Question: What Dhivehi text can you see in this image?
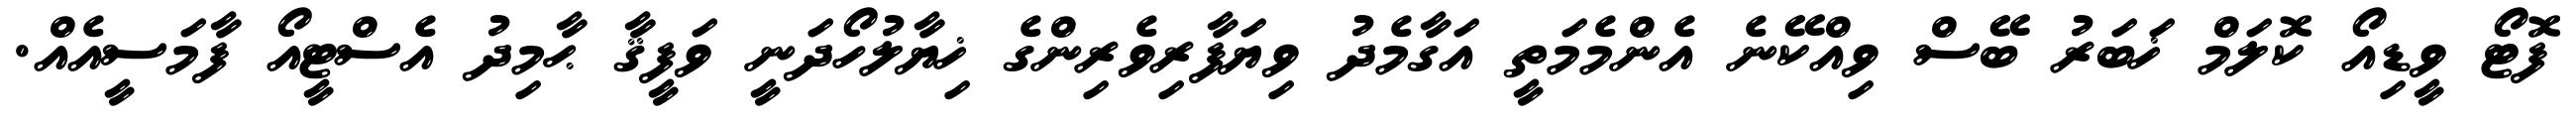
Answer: ފޮޓޯ ވީޑިއޯ ކޮލަމް ޚަބަރު ބޭސް ވިއްކޭނެ އެންމެމަތީ އަގާމެދު ވިޔަފާރިވެރިންގެ ޚިޔާލުހޯދަނީ ވަފީޤާ ޙާމިދު އެސްޓީއޯ ފާމަސީއެއް.